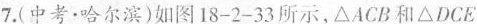
7. (中考▪哈尔滨)如图18-2-33所示，\Delta ACB和\Delta DCE